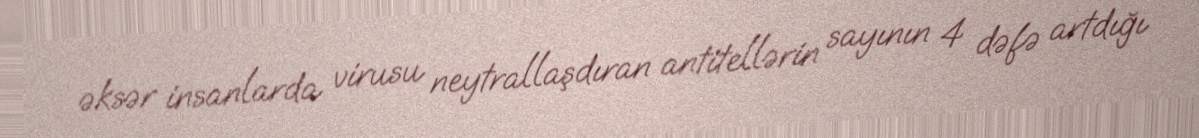
əksər insanlarda virusu neytrallaşdıran antitellərin sayının 4 dəfə artdığı